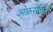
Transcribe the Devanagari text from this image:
अफरीकी